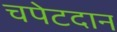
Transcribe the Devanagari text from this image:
चपेटदान